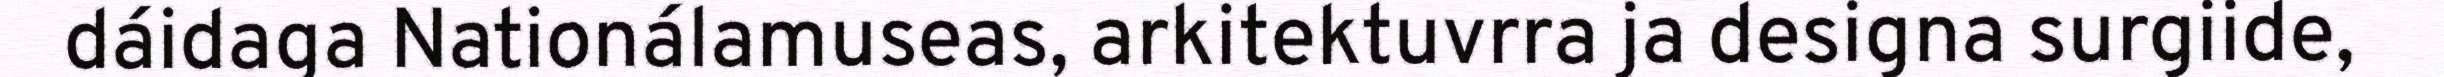
dáidaga Nationálamuseas, arkitektuvrra ja designa surgiide,